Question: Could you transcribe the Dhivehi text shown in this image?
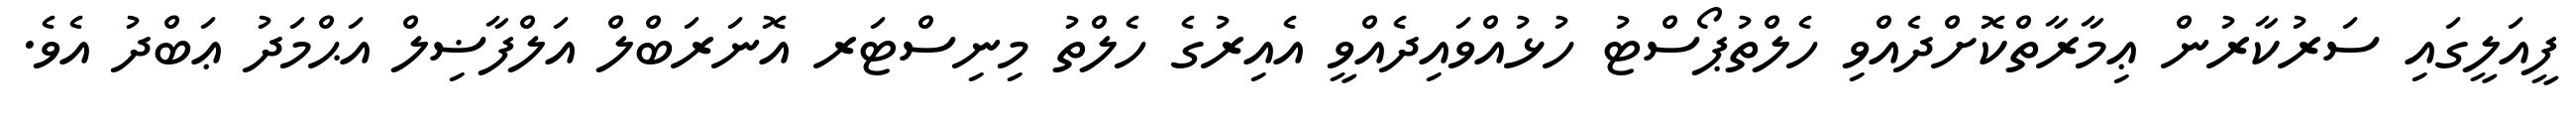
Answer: ފީއަލީގައި ސަރުކާރުން ޢިމާރާތްކޮށްދެއްވި ހެލްތުޕޯސްޓު ހުޅުއްވައިދެއްވީ އެއިރުގެ ހެލްތު މިނިސްޓަރ އޮނަރަބްލް އަލްފާޟިލް އަޙްމަދު ޢަބްދު އެވެ.